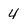
Character: 4